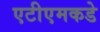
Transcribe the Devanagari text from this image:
एटीएमकडे